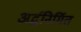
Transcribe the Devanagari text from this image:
अर्द्धनिर्मित